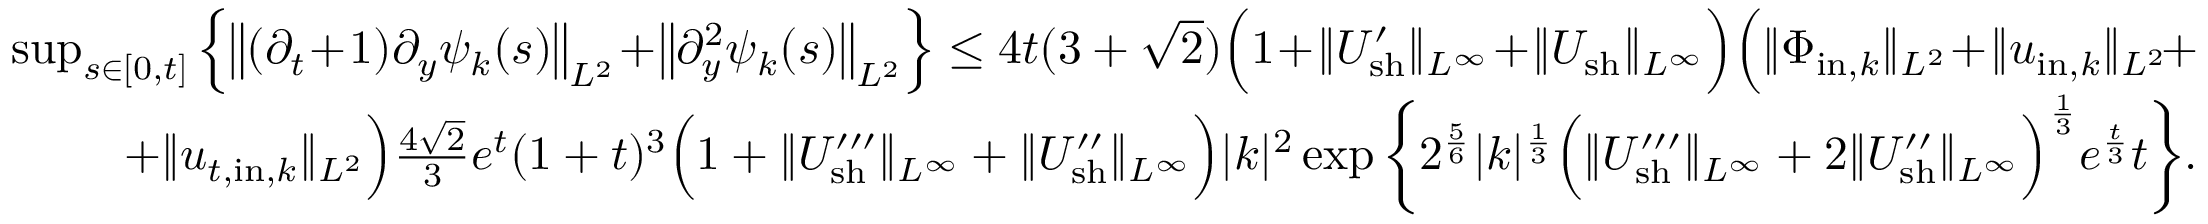
\begin{array} { r } { \operatorname* { s u p } _ { s \in [ 0 , t ] } \Big \{ \big \| ( \partial _ { t } \! + \! 1 ) \partial _ { y } \psi _ { k } ( s ) \big \| _ { L ^ { 2 } } \! + \! \big \| \partial _ { y } ^ { 2 } \psi _ { k } ( s ) \big \| _ { L ^ { 2 } } \Big \} \leq 4 t ( 3 + \sqrt { 2 } ) \Big ( 1 \! + \! \| U _ { \mathrm { s h } } ^ { \prime } \| _ { L ^ { \infty } } \! + \! \| U _ { \mathrm { s h } } \| _ { L ^ { \infty } } \Big ) \Big ( \| \Phi _ { \mathrm { i n } , k } \| _ { L ^ { 2 } } \! + \! \| u _ { \mathrm { i n } , k } \| _ { L ^ { 2 } } \! + } \\ { + \| u _ { t , \mathrm { i n } , k } \| _ { L ^ { 2 } } \Big ) \frac { 4 \sqrt { 2 } } { 3 } e ^ { t } ( 1 + t ) ^ { 3 } \Big ( 1 + \| U _ { \mathrm { s h } } ^ { \prime \prime \prime } \| _ { L ^ { \infty } } + \| U _ { \mathrm { s h } } ^ { \prime \prime } \| _ { L ^ { \infty } } \Big ) | k | ^ { 2 } \exp \bigg \{ 2 ^ { \frac { 5 } { 6 } } | k | ^ { \frac { 1 } { 3 } } \Big ( \| U _ { \mathrm { s h } } ^ { \prime \prime \prime } \| _ { L ^ { \infty } } + 2 \| U _ { \mathrm { s h } } ^ { \prime \prime } \| _ { L ^ { \infty } } \Big ) ^ { \frac { 1 } { 3 } } e ^ { \frac { t } { 3 } } t \bigg \} . } \end{array}